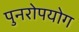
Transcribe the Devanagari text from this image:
पुनरोपयोग